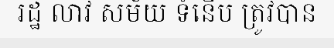
រដ្ឋ លាវ សម័យ ទំនើប ត្រូវបាន